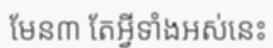
មែន៣ តែអ្វីទាំងអស់នេះ